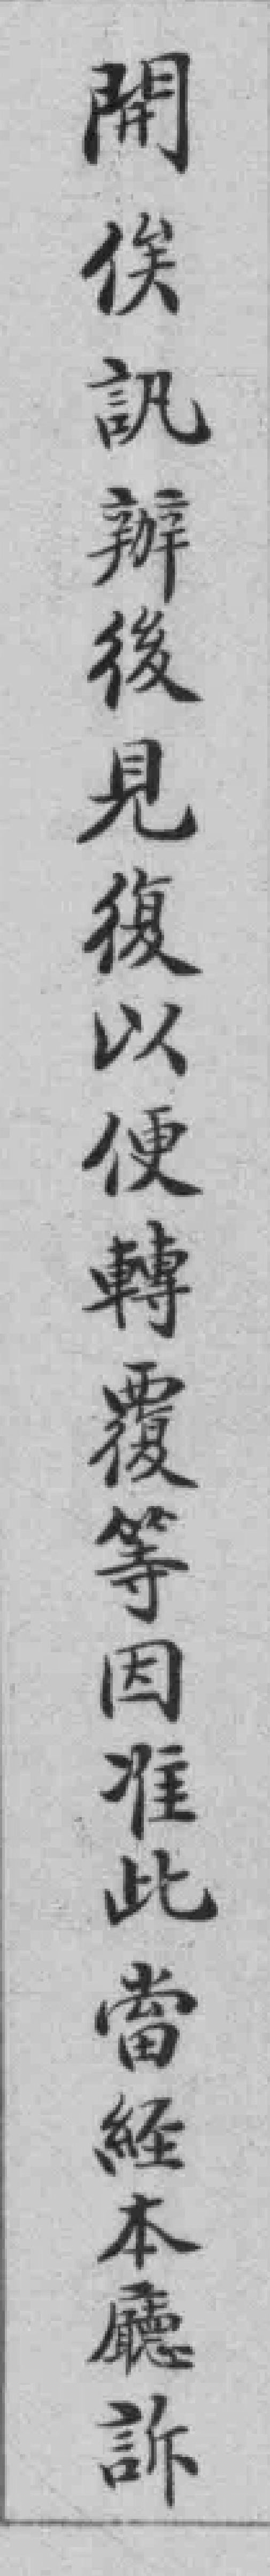
開俟訊辦後見復以便轉覆等因准此當經本廳訴